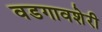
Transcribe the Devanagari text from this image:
वडगावशेरी